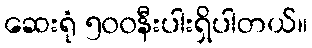
ဆေးရုံ ၅၀၀နီးပါးရှိပါတယ်။